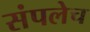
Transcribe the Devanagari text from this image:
संपलेच